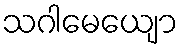
သဂါမေယျော